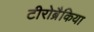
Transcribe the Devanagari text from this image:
टीरोब्रैकिया